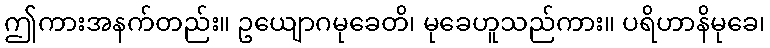
ဤကားအနက်တည်း။ ဥယျောဂမုခေတိ၊ မုခေဟူသည်ကား။ ပရိဟာနိမုခေ၊